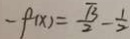
- f ( x ) = \frac { \sqrt { 3 } } { 2 } - \frac { 1 } { 2 }